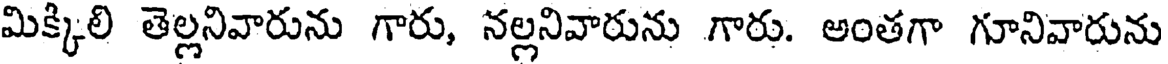
మిక్కిలి తెల్లనివారును గారు, నల్లనివారును గారు. అంతగా గూనివారును